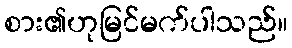
စား၏ဟုမြင်မက်ပါသည်။